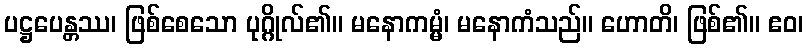
ပဋ္ဌပေန္တဿ၊ ဖြစ်စေသော ပုဂ္ဂိုလ်၏။ မနောကမ္မံ၊ မနောကံသည်။ ဟောတိ၊ ဖြစ်၏။ ဧဝ၊